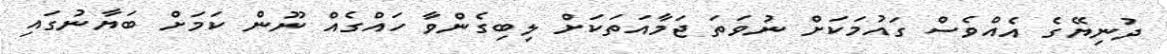
ދުނިޔޭގެ އެއްވެސް ގައުމަކަށް ނުވަތަ ޖަމާއަތަކަށް ލިބިގެންވާ ހައްގެއް ނޫން ކަމަށް ބަޔާނުގައި